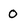
Character: 0